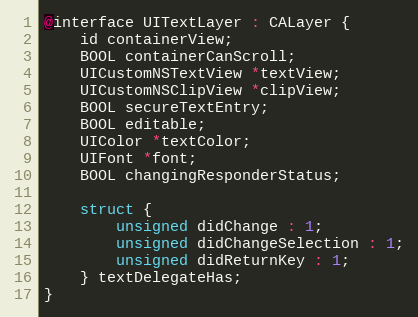
Language: C
@interface UITextLayer : CALayer {
    id containerView;
    BOOL containerCanScroll;
    UICustomNSTextView *textView;
    UICustomNSClipView *clipView;
    BOOL secureTextEntry;
    BOOL editable;
    UIColor *textColor;
    UIFont *font;
    BOOL changingResponderStatus;

    struct {
        unsigned didChange : 1;
        unsigned didChangeSelection : 1;
        unsigned didReturnKey : 1;
    } textDelegateHas;
}